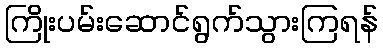
ကြိုးပမ်းဆောင်ရွက်သွားကြရန်